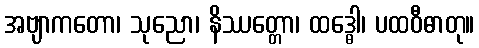
အဗျာကတော၊ သုညော၊ နိဿတ္တော၊ ထဒ္ဓေါ၊ ပထဝီဓာတု။